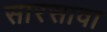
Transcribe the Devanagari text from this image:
सारसावा